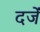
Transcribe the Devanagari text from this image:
दर्जें